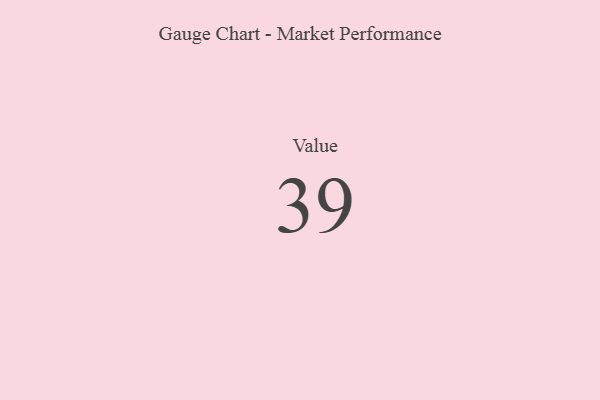
{"axis": {"x": "Metric", "y": "Value"}, "legend": [""], "data": [{"x": "Value", "y": 39, "type": ""}]}